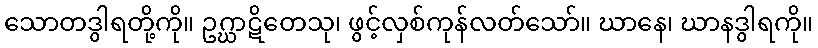
သောတဒွါရတို့ကို။ ဥဂ္ဃာဋိတေသု၊ ဖွင့်လှစ်ကုန်လတ်သော်။ ဃာနေ၊ ဃာနဒွါရကို။